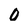
Character: 0